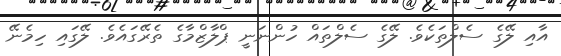
އާއި ލޭގެ ސެލްތަކެވެ. ލޭގެ ސެލްތައް ހުންނަނީ ޕްލާޒްމާގެ ތެރޭގައެވެ. ލޭގައި ހިމެނޭ